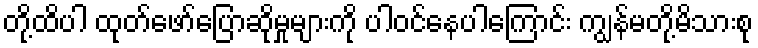
တို့ထိပါ ထုတ်ဖော်ပြောဆိုမှုများကို ပါဝင်နေပါကြောင်း ကျွန်မတို့မိသားစု